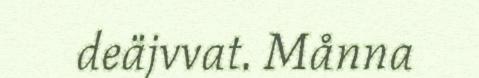
deäjvvat. Månna